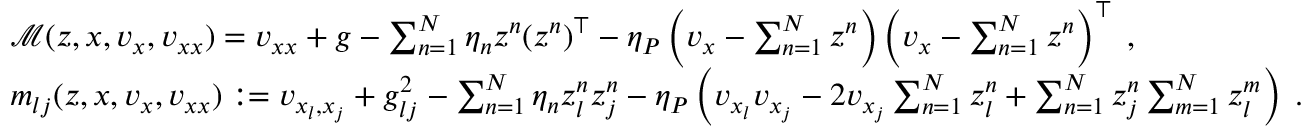
\begin{array} { r l } & { \mathcal { M } ( z , x , v _ { x } , v _ { x x } ) = v _ { x x } + g - \sum _ { n = 1 } ^ { N } \eta _ { n } z ^ { n } ( z ^ { n } ) ^ { \top } - \eta _ { P } \left( v _ { x } - \sum _ { n = 1 } ^ { N } z ^ { n } \right) \left( v _ { x } - \sum _ { n = 1 } ^ { N } z ^ { n } \right) ^ { \top } \; , } \\ & { m _ { l j } ( z , x , v _ { x } , v _ { x x } ) : = v _ { x _ { l } , x _ { j } } + g _ { l j } ^ { 2 } - \sum _ { n = 1 } ^ { N } \eta _ { n } z _ { l } ^ { n } z _ { j } ^ { n } - \eta _ { P } \left( v _ { x _ { l } } v _ { x _ { j } } - 2 v _ { x _ { j } } \sum _ { n = 1 } ^ { N } z _ { l } ^ { n } + \sum _ { n = 1 } ^ { N } z _ { j } ^ { n } \sum _ { m = 1 } ^ { N } z _ { l } ^ { m } \right) \; . } \end{array}